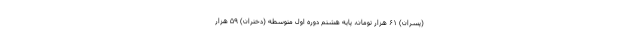
(پسران) ۶۱ هزار تومان، پایه هشتم دوره اول متوسطه (دختران) ۵۹ هزار